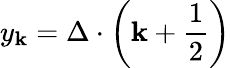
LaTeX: y_{\mathbf{k}}=\Delta\cdot\left(\mathbf{k}+{\frac{{1}}{{2}}}\right)